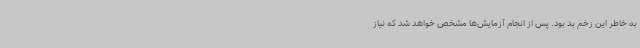
به خاطر این زخم بد بود. پس از انجام آزمایش‌ها مشخص خواهد شد که نیاز